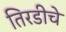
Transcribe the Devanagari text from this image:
तिरडीचे